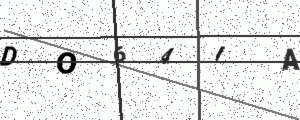
Text: DO64IA